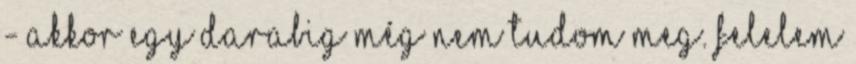
- Akkor egy darabig még nem tudom meg. Felelem